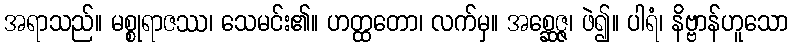
အရာသည်။ မစ္စုရာဇဿ၊ သေမင်း၏။ ဟတ္ထတော၊ လက်မှ။ အစ္ဆေဇ္ဇ၊ ဖဲ၍။ ပါရံ၊ နိဗ္ဗာန်ဟူသော